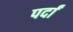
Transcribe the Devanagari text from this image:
पर्दां